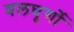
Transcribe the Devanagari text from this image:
बलघूर्णो